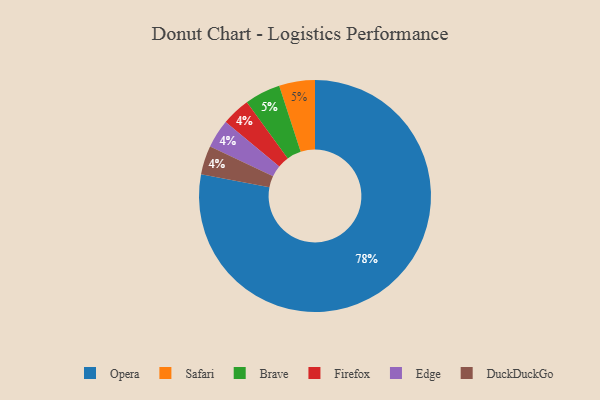
{"axis": {"x": "Category", "y": "Percentage"}, "legend": ["Brave", "DuckDuckGo", "Edge", "Firefox", "Opera", "Safari"], "data": [{"x": "Firefox", "y": 4, "type": "Firefox"}, {"x": "Edge", "y": 4, "type": "Edge"}, {"x": "Safari", "y": 5, "type": "Safari"}, {"x": "Brave", "y": 5, "type": "Brave"}, {"x": "Opera", "y": 78, "type": "Opera"}, {"x": "DuckDuckGo", "y": 4, "type": "DuckDuckGo"}]}